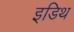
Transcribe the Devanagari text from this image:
इडिथ